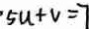
5 u + v = 7